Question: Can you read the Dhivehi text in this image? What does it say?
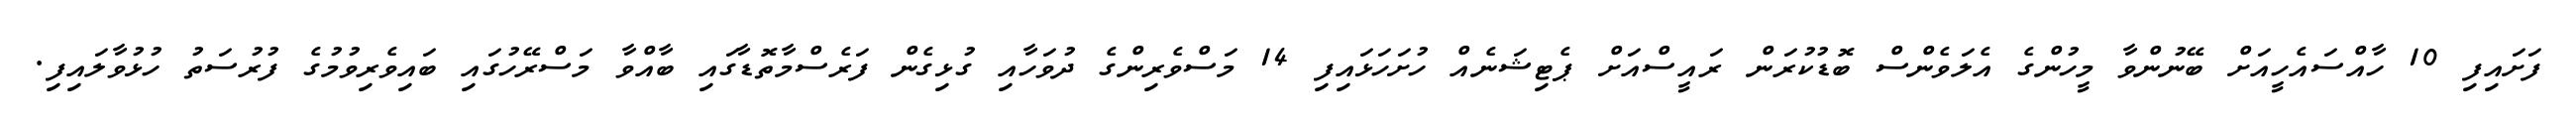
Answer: ފަށައިފި 10 ހާއްސައެހީއަށް ބޭނުންވާ މީހުންގެ އެލަވެންސް ބޮޑުކުރަން ރައީސްއަށް ޕެޓިޝަނެއް ހުށަހަޅައިފި 14 މަސްވެރިންގެ ދުވަހާއި ގުޅިގެން ފަރެސްމާތޮޑާގައި ބާއްވާ މަސްރޭހުގައި ބައިވެރިވުމުގެ ފުރުސަތު ހުޅުވާލައިފި.